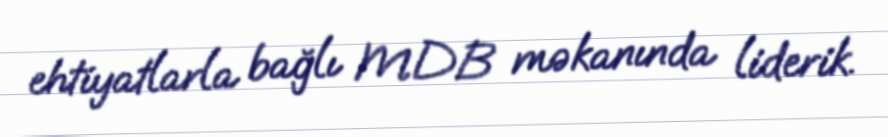
ehtiyatlarla bağlı MDB məkanında liderik.